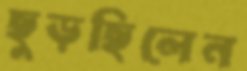
ছুড়ছিলেন